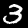
Label: 3